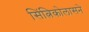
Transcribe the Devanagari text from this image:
सिंत्निकोलासने